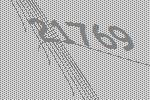
21769